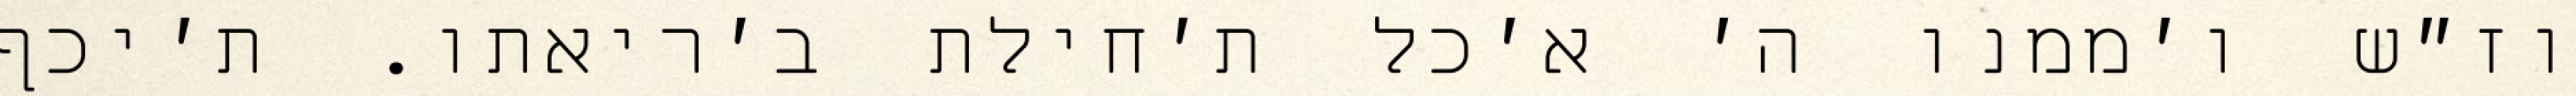
וז״ש ו׳ממנו ה׳ א׳כל ת׳חילת ב׳ריאתו. ת׳יכף